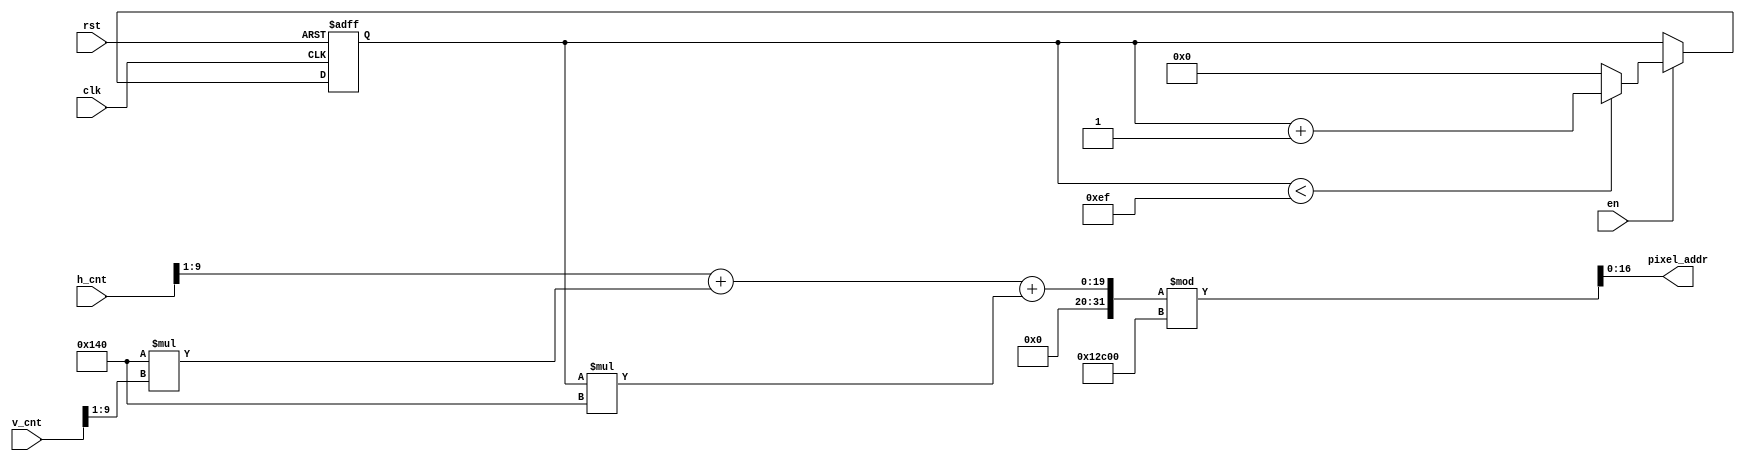
module mem_addr_gen(
  input clk,
  input rst,
  input en,
  input [9:0] h_cnt,
  input [9:0] v_cnt,
  output [16:0] pixel_addr
);
    
reg [7:0] position;
reg [7:0] next_position;
  
assign pixel_addr = ((h_cnt>>1)+320*(v_cnt>>1)+ position*320 )% 76800;  //640*480 --> 320*240 

always @ (posedge clk or posedge rst) begin
  if(rst)
    position <= 0;
  else
    position <= next_position;
end

always @*
begin
    if(en == 1'b0)
        next_position = position;
    else if(position < 8'd239)
        next_position = position + 8'b1;
    else
        next_position = 8'b0;
end
    
endmodule